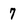
Character: 7